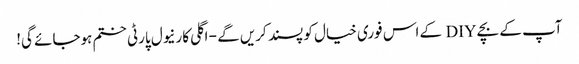
آپ کے بچے DIY کے اس فوری خیال کو پسند کریں گے - اگلی کارنیول پارٹی ختم ہوجائے گی!